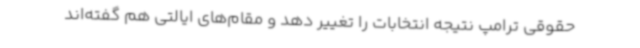
حقوقی ترامپ نتیجه انتخابات را تغییر دهد و مقام‌های ایالتی هم گفته‌اند